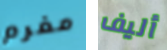
مغرم أليف